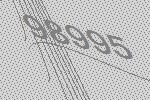
98995